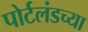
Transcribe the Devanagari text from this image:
पोर्टलंडच्या